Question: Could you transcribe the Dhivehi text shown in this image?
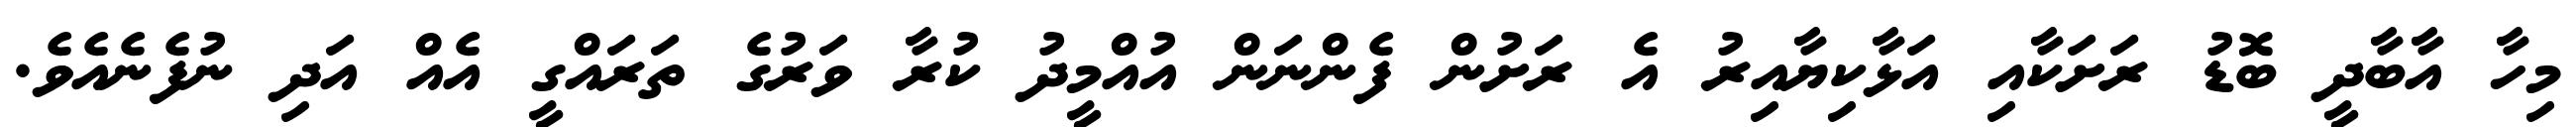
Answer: މިހާ އާބާދީ ބޮޑު ރަށަކާއި އަޅާކިޔާއިރު އެ ރަށުން ފެންނަން އުއްމީދު ކުރާ ވަރުގެ ތަރައްގީ އެއް އަދި ނުފެނެއެވެ.